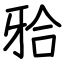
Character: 𬌗